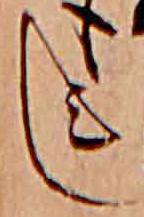
し